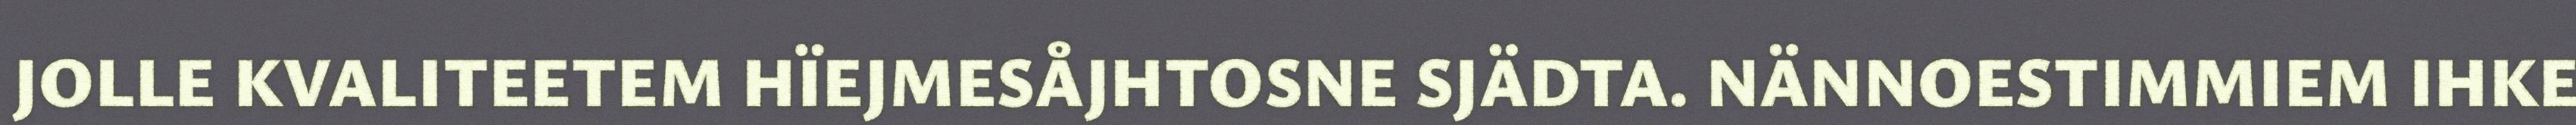
JOLLE KVALITEETEM HÏEJMESÅJHTOSNE SJÄDTA. NÄNNOESTIMMIEM IHKE